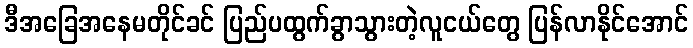
ဒီအခြေအနေမတိုင်ခင် ပြည်ပထွက်ခွာသွားတဲ့လူငယ်တွေ ပြန်လာနိုင်အောင်